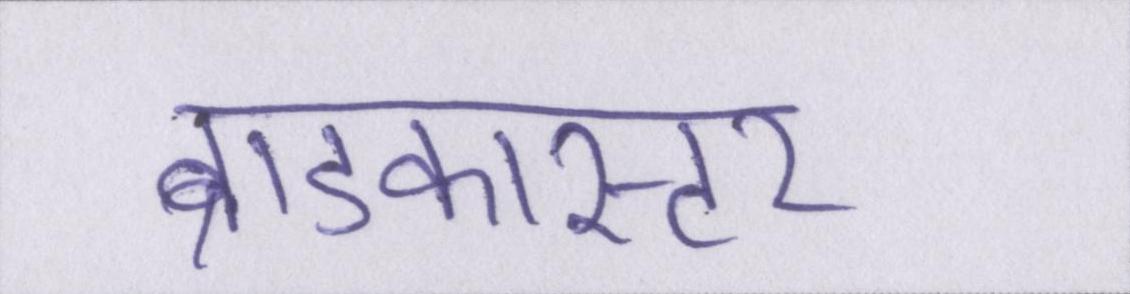
ब्राडकास्टर